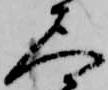
尺